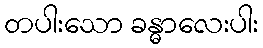
တပါးသော ခန္ဓာလေးပါး